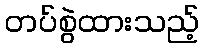
တပ်စွဲထားသည့်